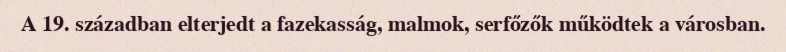
A 19. században elterjedt a fazekasság, malmok, serfőzők működtek a városban.